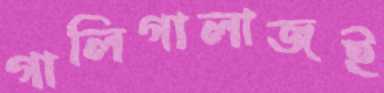
গালিগালাজই